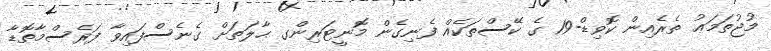
މުޖުތަމަޢު ތެރެއިން ކޮވިޑް-19 ގެ ކޭސްތަކެއް ފެނިގެން މޮނީޓަރިންގ ޙާލަތަށް ގެނެސްފައިވާ ފަރެސްމާތޮޑާ